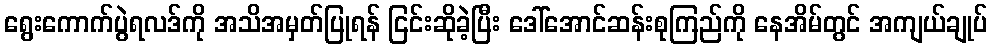
ရွေးကောက်ပွဲရလဒ်ကို အသိအမှတ်ပြုရန် ငြင်းဆိုခဲ့ပြီး ဒေါ်အောင်ဆန်းစုကြည်ကို နေအိမ်တွင် အကျယ်ချုပ်